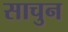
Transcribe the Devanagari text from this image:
साचुन